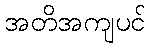
အတိအကျပင်